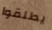
يطلقوا